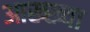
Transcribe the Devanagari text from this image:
आख्‍ख्या